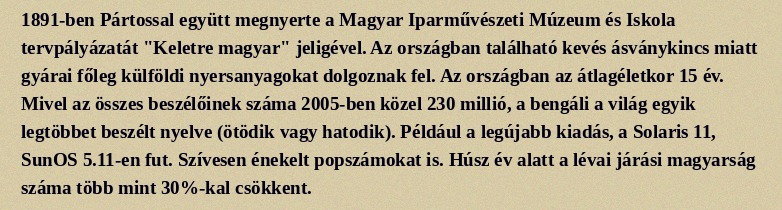
1891-ben Pártossal együtt megnyerte a Magyar Iparművészeti Múzeum és Iskola tervpályázatát "Keletre magyar" jeligével. Az országban található kevés ásványkincs miatt gyárai főleg külföldi nyersanyagokat dolgoznak fel. Az országban az átlagéletkor 15 év. Mivel az összes beszélőinek száma 2005-ben közel 230 millió, a bengáli a világ egyik legtöbbet beszélt nyelve (ötödik vagy hatodik). Például a legújabb kiadás, a Solaris 11, SunOS 5.11-en fut. Szívesen énekelt popszámokat is. Húsz év alatt a lévai járási magyarság száma több mint 30%-kal csökkent.